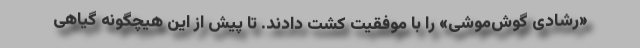
«رشادی گوش‌موشی» را با موفقیت کشت دادند. تا پیش از این هیچگونه گیاهی